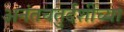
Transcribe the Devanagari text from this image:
अनंतचतुर्दशीच्या